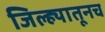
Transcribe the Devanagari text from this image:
जिल्ह्यातूनच